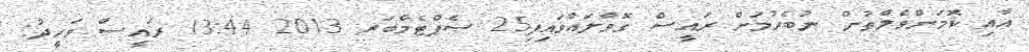
އާއި ކޮމަންވެލްތުން ނުބެހުމަށް ރައީސް ގޮވާލައްވައިފި25 ސެޕްޓެމްބަރ 2013 13:44 ރައީސް ވަހީދު: